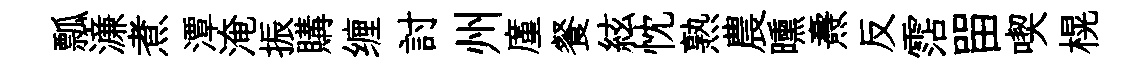
瓢濓煮潭淹振購缠討州廑餐絃忱熟農曛燾反霑㽞喫榥